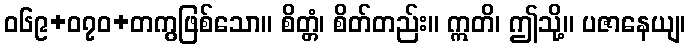
ဝ၆၉+၀၇ဝ+တကွဖြစ်သော။ စိတ္တံ၊ စိတ်တည်း။ ဣတိ၊ ဤသို့။ ပဇာနေယျ၊